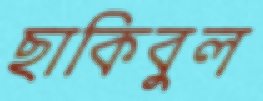
ছাকিবুল